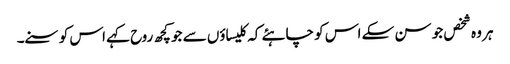
ہر وہ شخص جو سن سکے اس کو چاہئے کہ کلیساؤں سے جو کچھ روح کہے اس کو سنے۔